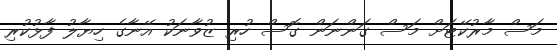
މަސް މާރުކޭޓަށް މަސް ގަންނަން ގޮސް ހުރި ޒުވާނަކު އޭނާގެ ހިޔާލު ފާޅުކުރި